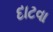
દાટવા